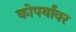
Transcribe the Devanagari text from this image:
कोपर्यांवर